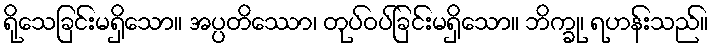
ရိုသေခြင်းမရှိသော။ အပ္ပတိဿော၊ တုပ်ဝပ်ခြင်းမရှိသော။ ဘိက္ခု၊ ရဟန်းသည်။